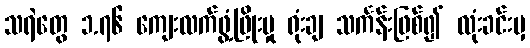
သရဲတွေ ၁.၇၆ ကျေးလက်ဖွံ့ဖြိုးမှု ရုံးချ သင်္ကန်းဖြစ်၍ လုံးခင်းမှ